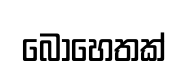
බොහෙතක්